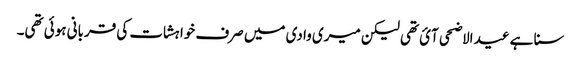
سنا ہے عید الاضحی آئ تھی لیکن میری وادی میں صرف خواہشات کی قربانی ہوئی تھی۔